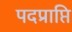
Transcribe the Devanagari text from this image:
पदप्राप्ति